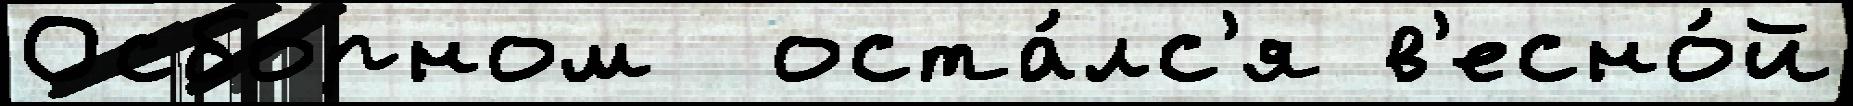
Осборном  оста́лс'я в'есно́й